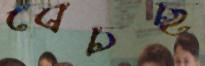
বেচছ